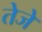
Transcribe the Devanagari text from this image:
तेजे